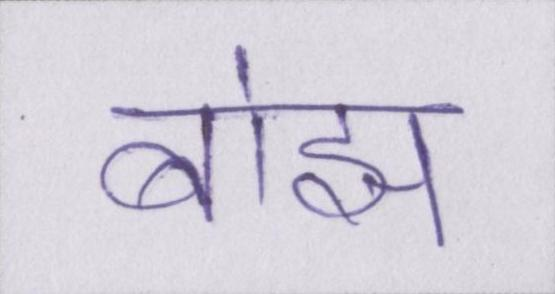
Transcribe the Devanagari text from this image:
बोझ